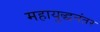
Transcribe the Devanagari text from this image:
महायुद्धनंतर